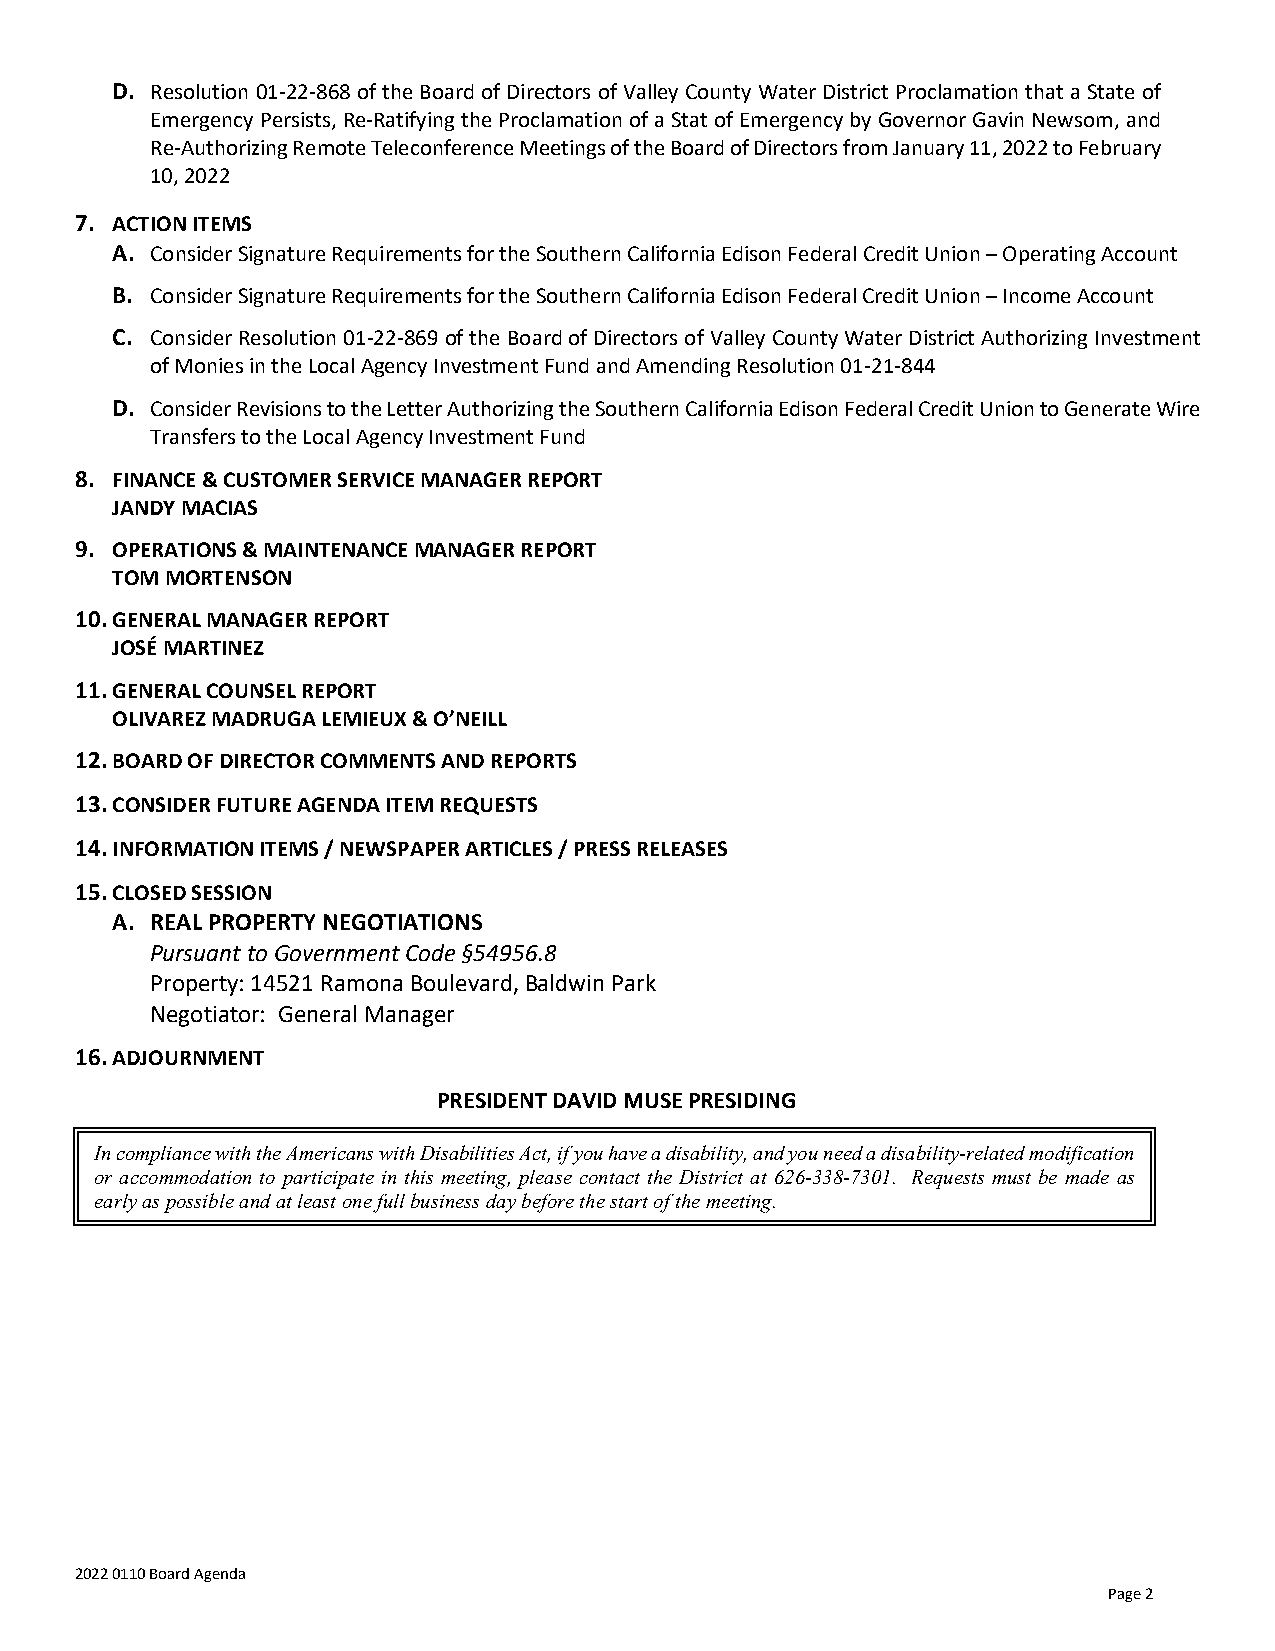
D. Resolution 01-22-868 of the Board of Directors of Valley County Water District Proclamation that a State of
 Emergency Persists, Re-Ratifying the Proclamation of a Stat of Emergency by Governor Gavin Newsom, and
 Re-Authorizing Remote Teleconference Meetings of the Board of Directors from January 11, 2022 to February
 10, 2022
 7. ACTION ITEMS
 A. Consider Signature Requirements for the Southern California Edison Federal Credit Union – Operating Account
 B. Consider Signature Requirements for the Southern California Edison Federal Credit Union – Income Account
 C. Consider Resolution 01-22-869 of the Board of Directors of Valley County Water District Authorizing Investment
 of Monies in the Local Agency Investment Fund and Amending Resolution 01-21-844
 D. Consider Revisions to the Letter Authorizing the Southern California Edison Federal Credit Union to Generate Wire
 Transfers to the Local Agency Investment Fund
 8. FINANCE & CUSTOMER SERVICE MANAGER REPORT
 JANDY MACIAS
 9. OPERATIONS & MAINTENANCE MANAGER REPORT
 TOM MORTENSON
 10. GENERAL MANAGER REPORT
 JOSÉ MARTINEZ
 11. GENERAL COUNSEL REPORT
 OLIVAREZ MADRUGA LEMIEUX & O’NEILL
 12. BOARD OF DIRECTOR COMMENTS AND REPORTS
 13. CONSIDER FUTURE AGENDA ITEM REQUESTS
 14. INFORMATION ITEMS / NEWSPAPER ARTICLES / PRESS RELEASES
 15. CLOSED SESSION
 A. REAL PROPERTY NEGOTIATIONS
 Pursuant to Government Code §54956.8
 Property: 14521 Ramona Boulevard, Baldwin Park
 Negotiator: General Manager
 16. ADJOURNMENT
 PRESIDENT DAVID MUSE PRESIDING
 In compliance with the Americans with Disabilities Act, if you have a disability, and you need a disability-related modification
 or accommodation to participate in this meeting, please contact the District at 626-338-7301. Requests must be made as
 early as possible and at least one full business day before the start of the meeting.
 2022 0110 Board Agenda
 Page 2